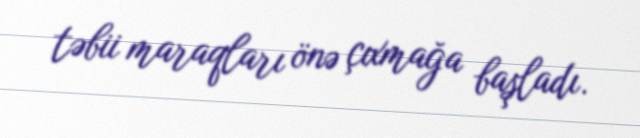
təbii maraqları önə çıxmağa başladı.